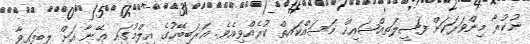
ނުކުރާ މިންވަރަކަށް ފަޟީލަތއްޝައިޚް މަސައްކައތް ކުރެއްވިއެވެ. ޢަރަބިބޭހުގެ އިލްމުގައި ޢޭނާ އަށް ލިބިފައިވާ